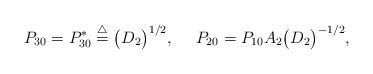
LaTeX: \begin{align*} P_{3 0}=P_{3 0}^{*}\overset{\triangle}{=}\big(D_{2}\big)^{1/2},\ \ \ \ P_{20}=P_{1 0}A_{2}\big(D_{2}\big)^{-1/2},\end{align*}